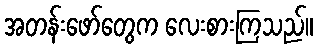
အတန်းဖော်တွေက လေးစားကြသည်။